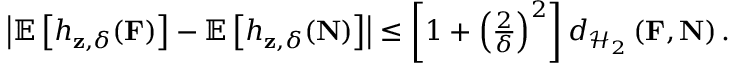
\begin{array} { r } { \left| \mathbb { E } \left[ h _ { \mathbf { z } , \delta } ( \mathbf { F } ) \right] - \mathbb { E } \left[ h _ { \mathbf { z } , \delta } ( \mathbf { N } ) \right] \right| \leq \left[ 1 + \left( \frac { 2 } { \delta } \right) ^ { 2 } \right] d _ { \mathcal { H } _ { 2 } } \left( \mathbf { F } , \mathbf { N } \right) . } \end{array}